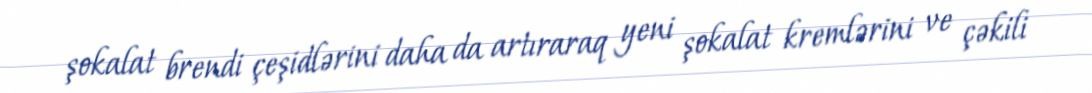
şokalat brendi çeşidlərini daha da artıraraq yeni şokalat kremlərini ve çəkili